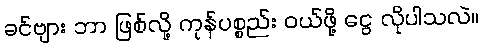
ခင်ဗျား ဘာ ဖြစ်လို့ ကုန်ပစ္စည်း ဝယ်ဖို့ ငွေ လိုပါသလဲ။